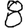
Digit: 8